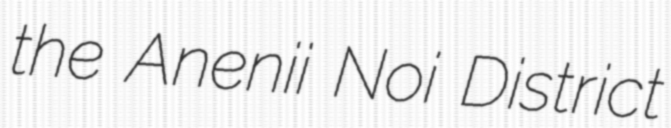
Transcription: the Anenii Noi District